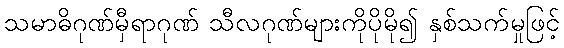
သမာဓိဂုဏ်မှီရာဂုဏ် သီလဂုဏ်များကိုပိုမို၍ နှစ်သက်မှုဖြင့်